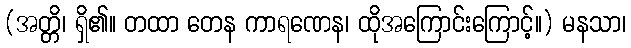
(အတ္တိ၊ ရှိ၏။ တထာ တေန ကာရဏေန၊ ထိုအကြောင်းကြောင့်။) မနသာ၊